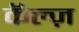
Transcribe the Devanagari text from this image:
कॅल्ज़